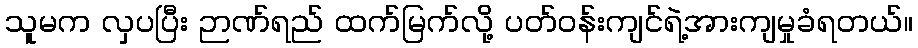
သူမက လှပပြီး ဉာဏ်ရည် ထက်မြက်လို့ ပတ်ဝန်းကျင်ရဲ့အားကျမှုခံရတယ်။